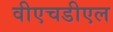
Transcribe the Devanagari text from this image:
वीएचडीएल